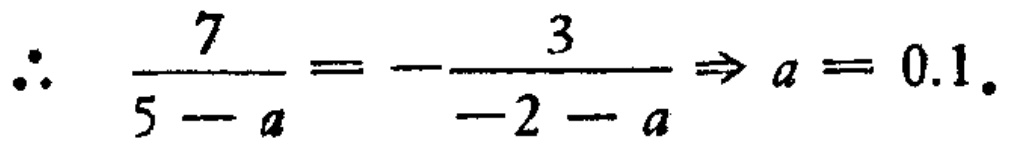
\(\therefore \frac{7}{5 - a}=-\frac{3}{-2 - a}\Rightarrow a = 0.1\)